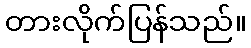
တားလိုက်ပြန်သည်။